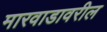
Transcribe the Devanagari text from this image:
मारवाडावरील